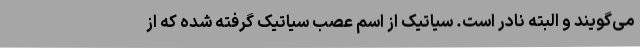
می‌گویند و البته نادر است. سیاتیک از اسم عصب سیاتیک گرفته شده که از